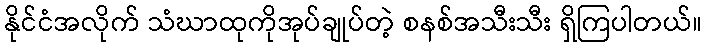
နိုင်ငံအလိုက် သံဃာထုကိုအုပ်ချုပ်တဲ့ စနစ်အသီးသီး ရှိကြပါတယ်။